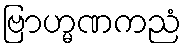
ဗြာဟ္မဏကညံ